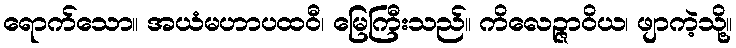
ရောက်သော။ အယံမဟာပထဝီ၊ မြေကြီးသည်။ ကိလေဉ္ဇာဝိယ၊ ဖျာကဲ့သို့။